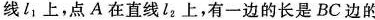
线l_{1}上，点A在直线ll_{2}上，有一边的长是BC边的